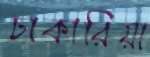
ঢাকারিয়া